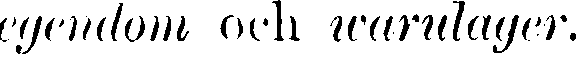
egendom och warulager.